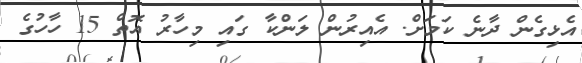
އެޅިގެން ދާނެ ކަމަށް. އެއިރުން ލަންކާ ގައި މިހާރު އޮތް 15 ހާހުގެ